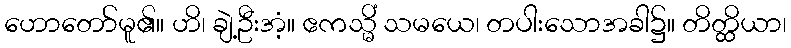
ဟောတော်မူ၏။ ဟိ၊ ချဲ့ဦးအံ့။ ဧကသ္မိံ သမယေ၊ တပါးသောအခါ၌။ တိတ္ထိယာ၊